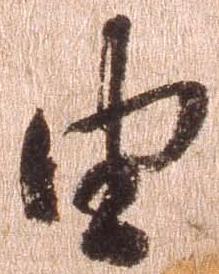
由